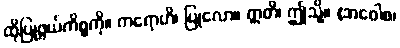
ထိုပြုဖွယ်ကိစ္စကို။ ကရောဟိ၊ ပြုလော။ ဣတိ၊ ဤသို့။ (အဝေါစ၊